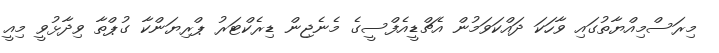
މިރަސްމިއްޔާތުގައި ވާހަކަ ދައްކަވަމުން އެޗްޑީއެފްސީގެ މެނެޖިން ޑިރެކްޓަރު ޕްރިޔަންކާ ގުޕްތާ ވިދާޅުވީ މިއީ